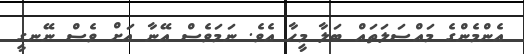
އެންމެންގެ މައްސަލަތައް ބަލާ މީހާ އެވެ. ނަމަވެސް އޭނާ އަށް ވެސް ނޭނގީ